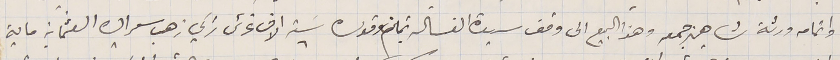
واتمامه ورثة شاهين جمعه وهذا البيع الى وقف سيدة الغسالة بثمن وقدره سَته الاف غرش تركي ذهب سعر الى العثمانيه ماية